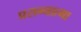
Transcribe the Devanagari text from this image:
प्रसन्नात्मा